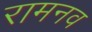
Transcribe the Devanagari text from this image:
रामनव